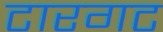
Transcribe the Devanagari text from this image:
टारगट